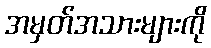
အမှတ်အသားများကို